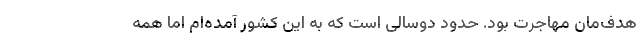
هدف‌مان مهاجرت بود. حدود دوسالی است که به این کشور آمده‌ام اما همه